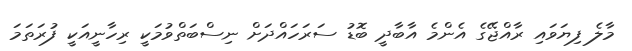
މާލެ ފިޔަވައި ރާއްޖޭގެ އެންމެ އާބާދީ ބޮޑު ސަރަހައްދަށް ނިސްބަތްވުމަކީ ރިހާނީއަކީ ފުރަތަމަ